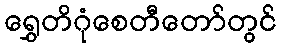
ရွှေတိဂုံစေတီတော်တွင်